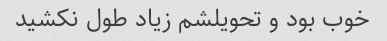
خوب بود و تحویلشم زیاد طول نکشید